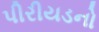
પીરીયડનો